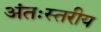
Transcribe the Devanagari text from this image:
अंतःस्तरीय